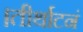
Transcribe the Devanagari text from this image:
।तीर्थाटनं